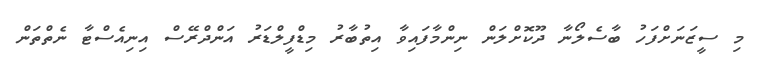
މި ސީޒަނަށްފަހު ބާސެލޯނާ ދޫކޮށްލަން ނިންމާފައިވާ އިތުބާރު މިޑްފީލްޑަރު އަންދްރޭސް އިނިއެސްޓާ ނެތްތަން